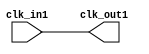
module clk_wiz_0(
    input clk_in1,
    output clk_out1
    );

assign clk_out1 = clk_in1;     

endmodule